Indian journal of veterinary science and animal husbandry - Volumes 26-27, 1956-1957
Year: 1956
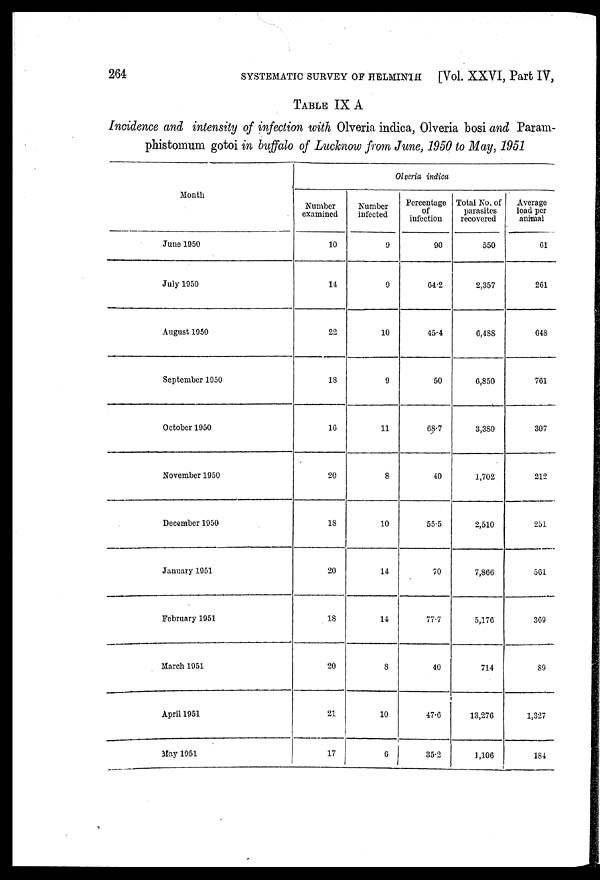
264
SYSTEMATIC SURVEY OF HELMINTH
[Vol. XXVI, Part IV,
TABLE IX A
Incidence and intensity of infection with Olveria indica, Olveria bosi and Param-
phistomum gotoi in buffalo of Lucknow from June, 1950 to May, 1951
Month
June 1950
July 1950
August 1950
September 1950
October 1950
November 1950
December 1950
January 1951
February 1951
March 1951
April 1951
May 1951
Olveria indica
Number
examined
10
14
22
18
16
20
18
20
18
20
21
17
Number
infected
9
9
10
9
11
8
10
14
14
8
10
6
Percentage
of
infection
90
64.2
45.4
50
68.7
40
55.5
70
77.7
40
47.6
35.2
Total No. of
parasites
recovered
550
2,357
6,488
6,850
3,380
1,702
2,510
7,866
5,176
714
13,276
1,106
Average
load per
animal
61
261
648
761
307
212
251
561
369
89
1,327
184